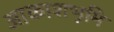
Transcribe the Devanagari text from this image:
आकाशभूमि